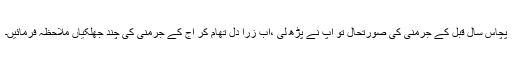
پچاس سال قبل کے جرمنی کی صورتحال تو آپ نے پڑھ لی ،اب زرا دل تھام کر آج کے جرمنی کی چند جھلکیاں ملاحظہ فرمائیں۔